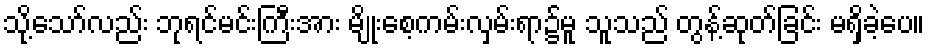
သို့သော်လည်း ဘုရင်မင်းကြီးအား မျိုးစေ့ကမ်းလှမ်းရာ၌မူ သူသည် တွန့်ဆုတ်ခြင်း မရှိခဲ့ပေ။